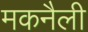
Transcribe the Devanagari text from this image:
मकनैली